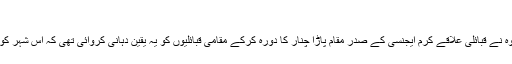
‘‘
گزشتہ جمعے کو پاکستان کی فوج کے سربراہ جنرل قمر جاوید باجوہ نے قبائلی علاقے کرم ایجنسی کے صدر مقام پاڑا چنار کا دورہ کرکے مقامی قبائلیوں کو یہ یقین دہانی کروائی تھی کہ اس شہر کو دہشت گردوں سے محفوظ بنانے کے لیے ’’سیف سٹی‘‘ بنایا جائے۔